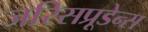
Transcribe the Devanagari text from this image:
जरिसप्रूडेन्स